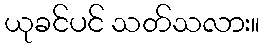
ယုခင်ပင် သတ်သလား။